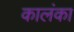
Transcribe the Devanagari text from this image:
कालंका